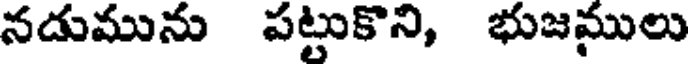
నదుమును పట్టుకొని, భుజములు